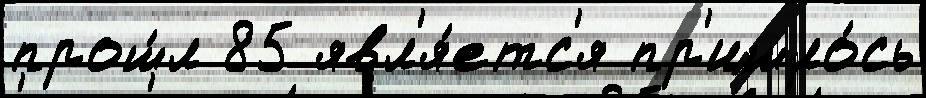
прош́л 85 явл'я́етс'я пр'ишло́сь